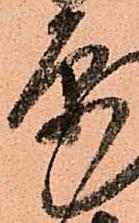
原